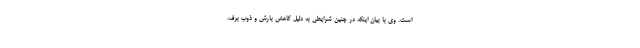
است. وی با بیان اینکه در چنین شرایطی به‌ دلیل کاهش بارش و ذوب برف،